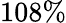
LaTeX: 108\%